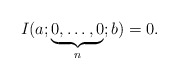
\begin{align*}I(a;\underbrace{0,\ldots,0}_n;b)=0. \end{align*}